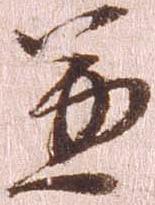
兼